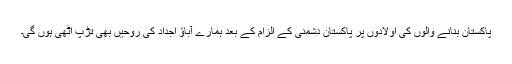
پاکستان بنانے والوں کی اولادوں پر پاکستان دشمنی کے الزام کے بعد ہمارے آباؤ اجداد کی روحیں بھی تڑپ اُٹھی ہوں گی۔